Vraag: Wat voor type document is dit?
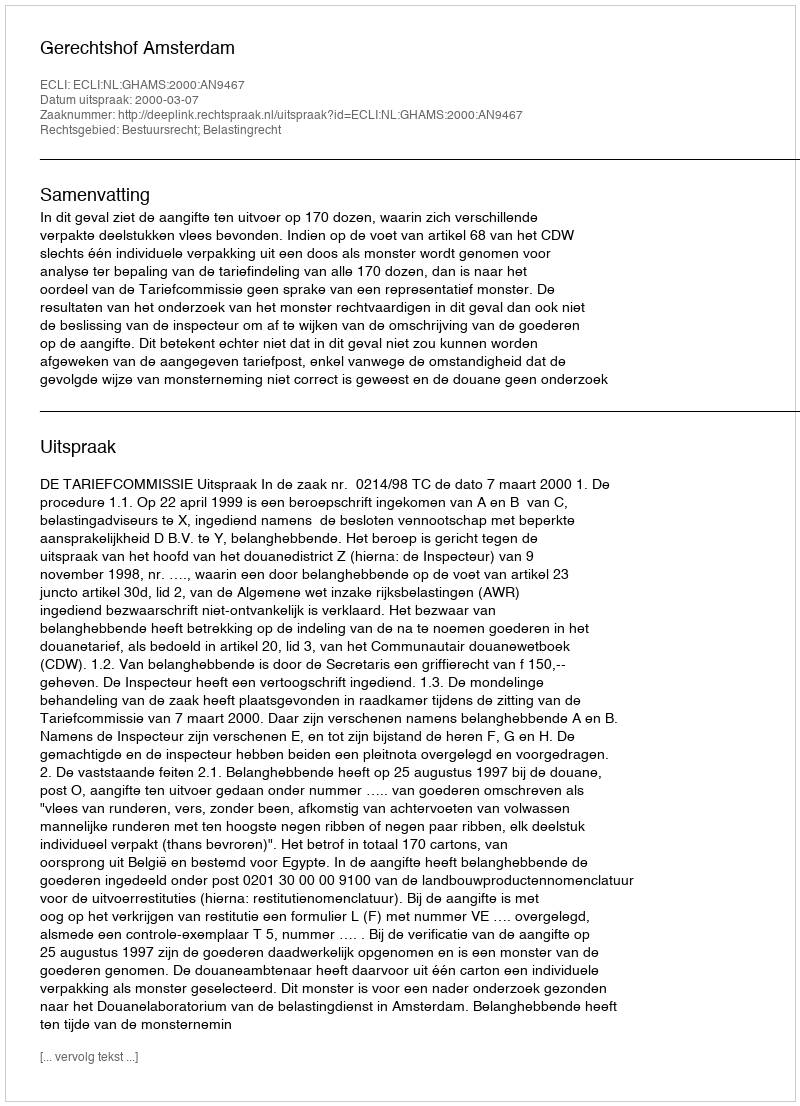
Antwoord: Uitspraak